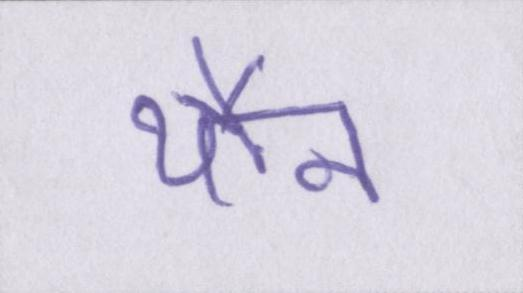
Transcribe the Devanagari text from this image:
यौन